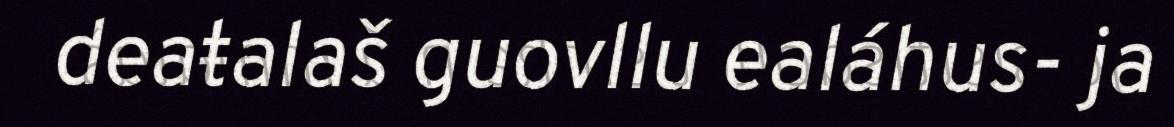
deaŧalaš guovllu ealáhus- ja